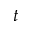
t